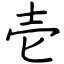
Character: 壱